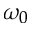
\omega _ { 0 }